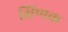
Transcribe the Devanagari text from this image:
क्षिणक